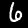
Label: 6